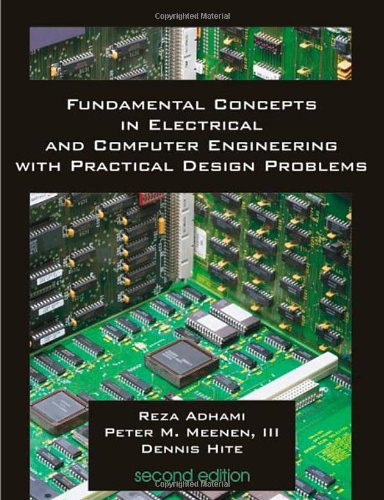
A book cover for Fundamental Concepts in Electrical and Computer Engineering with Practical Design Problems (Second Edition); Reza Adhami; Engineering & Transportation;